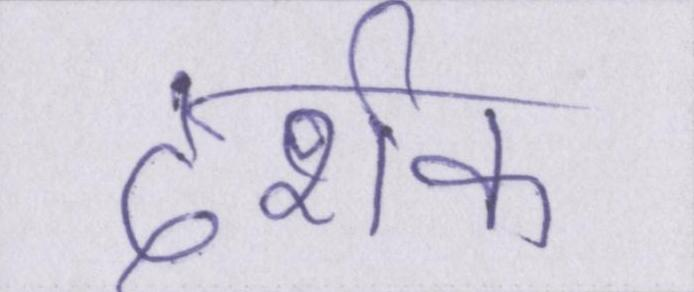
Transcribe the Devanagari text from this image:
दर्शक